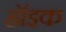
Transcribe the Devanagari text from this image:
हॉइक